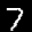
Label: 7